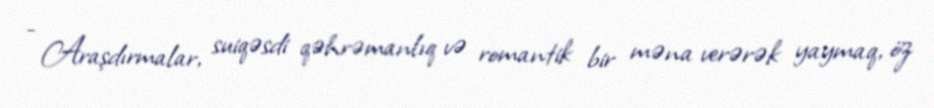
- Araşdırmalar, suiqəsdi qəhrəmanlıq və romantik bir məna verərək yaymaq, öz